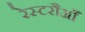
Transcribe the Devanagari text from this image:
रेस्टरौआँ